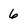
Character: 6